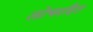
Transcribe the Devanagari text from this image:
लोचरहित